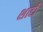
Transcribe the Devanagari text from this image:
शाटी